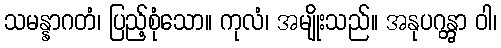
သမန္နာဂတံ၊ ပြည့်စုံသော။ ကုလံ၊ အမျိုးသည်။ အနုပဂန္တွာ ဝါ၊